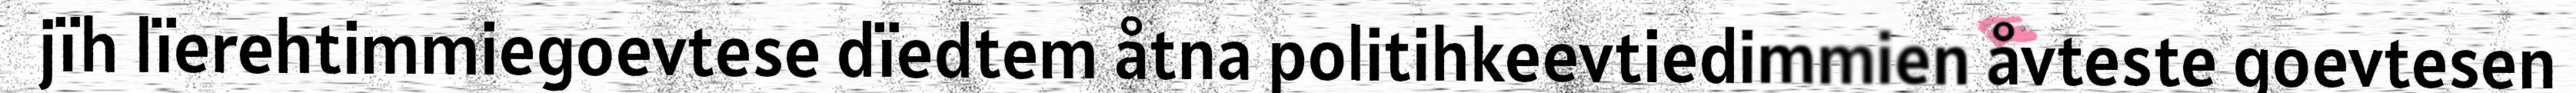
jïh lïerehtimmiegoevtese dïedtem åtna politihkeevtiedimmien åvteste goevtesen